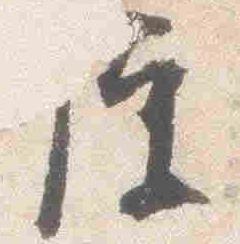
便